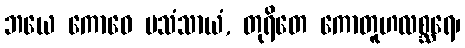
ဘယေ ကောဓေ ပသံသာယံ, တုရိတေ ကောတူဟလစ္ဆရေ၊